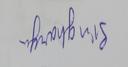
Signature authenticity: forged